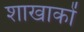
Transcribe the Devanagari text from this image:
शाखाकों